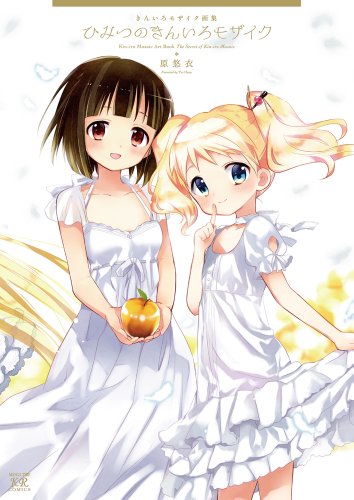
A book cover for Kiniro Mosaic art book; Yui Hara; Arts & Photography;